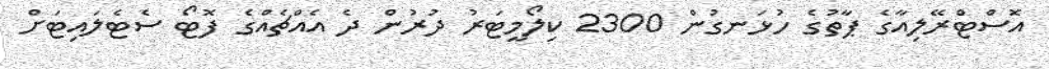
އޮސްޓްރޭލިއާގެ ޕާތުގެ ހުޅަނގުން 2300 ކިލޯމީޓަރު ދުރުން ދެ އެއްޗެއްގެ ފޮޓޯ ސެޓެލައިޓަަށް